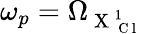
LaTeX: \omega_{p}=\Omega_{\mathrm{~X~}_{\mathrm{~C~l~}}^{1}}